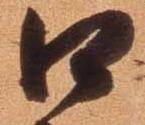
口